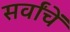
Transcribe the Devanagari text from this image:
सर्वांचें